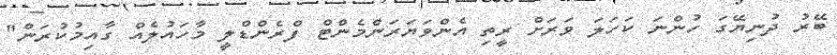
ބޭރު ދުނިޔޭގަ ހުންނަ ކަހަލަ ވަރަށް ރީތި އެންވަޔަރަންމެންޓް ފްރެންޑްލީ މާހައުލެއް ގާއިމުކުރަން"